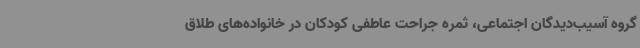
گروه آسیب‌دیدگان اجتماعی، ثمره جراحت عاطفی کودکان در خانواده‌های طلاق